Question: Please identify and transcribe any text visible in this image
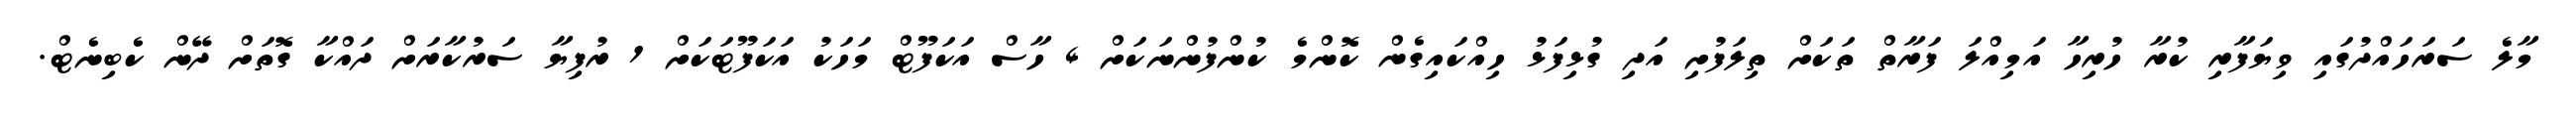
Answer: މާލެ ސަރަހައްދުގައި ވިޔަފާރި ކުރާ ހުރިހާ އަމިއްލަ ފަރާތް ތަކަށް ތިލަފުށި އަދި ގުޅިފަޅު ހިއްކައިގެން ކޮންމެ ކުންފުންނަކަށް 4 ހާސް އަކަފޫޓް މަހަކު އަކަފޫޓަކަށް 1 ރުފިޔާ ސަރުކާރަށް ދައްކާ ގޮތަށް ދޭން ކެބިނެޓް.